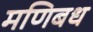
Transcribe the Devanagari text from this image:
मणिबध